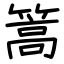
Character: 篙